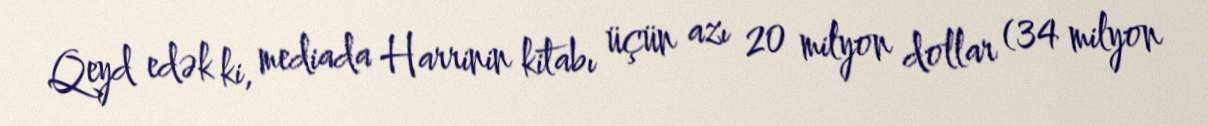
Qeyd edək ki, mediada Harrinin kitabı üçün azı 20 milyon dollar (34 milyon